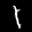
Label: 1